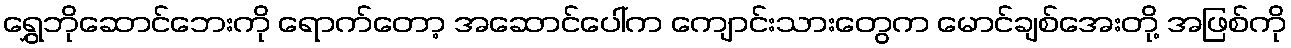
ရွှေဘိုဆောင်ဘေးကို ရောက်တော့ အဆောင်ပေါ်က ကျောင်းသားတွေက မောင်ချစ်အေးတို့ အဖြစ်ကို